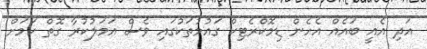
އަދި އެއީ ބައެއް އެހެން ޑިމޮކްރެޓިކް ގައުމުތަކުގައި ވެސް އަމަލުކުރާ ގޮތް ކަމަށް